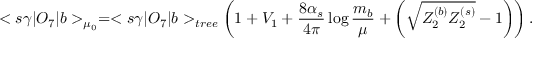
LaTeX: < s \gamma | O _ { 7 } | b > _ { \mu _ { 0 } } = < s \gamma | O _ { 7 } | b > _ { t r e e } \left( 1 + V _ { 1 } + \frac { 8 \alpha _ { s } } { 4 \pi } \log \frac { m _ { b } } { \mu } + \left( \sqrt { Z _ { 2 } ^ { ( b ) } Z _ { 2 } ^ { ( s ) } } - 1 \right) \right) .